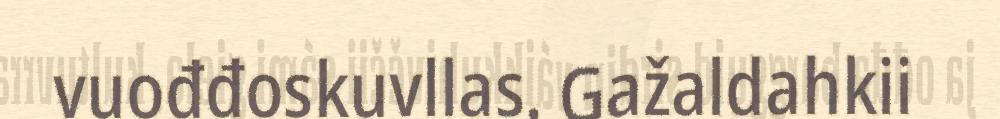
vuođđoskuvllas. Gažaldahkii